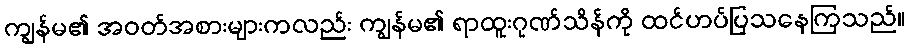
ကျွန်မ၏ အဝတ်အစားများကလည်း ကျွန်မ၏ ရာထူးဂုဏ်သိန်ကို ထင်ဟပ်ပြသနေကြသည်။